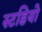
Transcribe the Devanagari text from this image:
स्टडियो